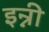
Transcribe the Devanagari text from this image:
इन्नी